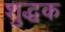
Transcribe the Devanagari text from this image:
शुद्धक